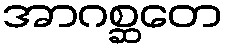
အာဂစ္ဆတေ